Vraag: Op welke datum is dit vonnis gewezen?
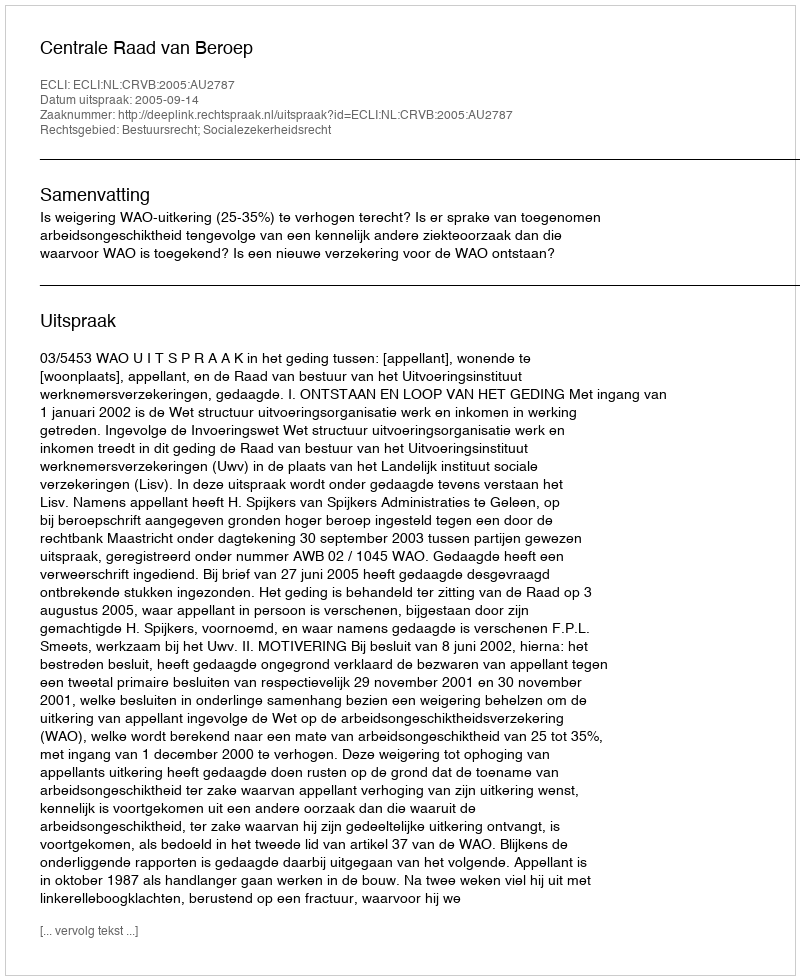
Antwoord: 2005-09-14